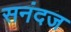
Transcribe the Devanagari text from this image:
सनंदज